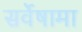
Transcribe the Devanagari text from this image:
सर्वेषामा